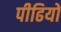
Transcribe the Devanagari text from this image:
पीढियो